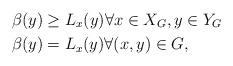
LaTeX: \begin{align*}\beta(y) &\geq L_x(y) \forall x\in X_G, y \in Y_G \\\beta(y) &= L_x(y) \forall (x,y) \in G,\end{align*}